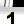
Digit: 1